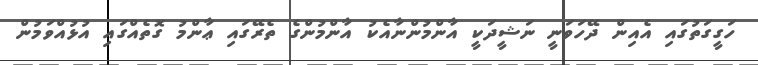
ހަގީގަތުގައި އެއިން ދޭހަވަނީ ނަޝީދަކީ އާންމުންނާއެކު އާންމުންގެ ތެރޭގައި ޢާންމު ގޮތެއްގައި އުޅުއްވަމުން